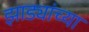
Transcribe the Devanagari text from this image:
झाड्यांच्या